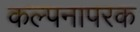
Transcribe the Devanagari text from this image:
कल्पनापरक